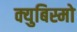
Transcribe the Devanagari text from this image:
क्युबिस्मो